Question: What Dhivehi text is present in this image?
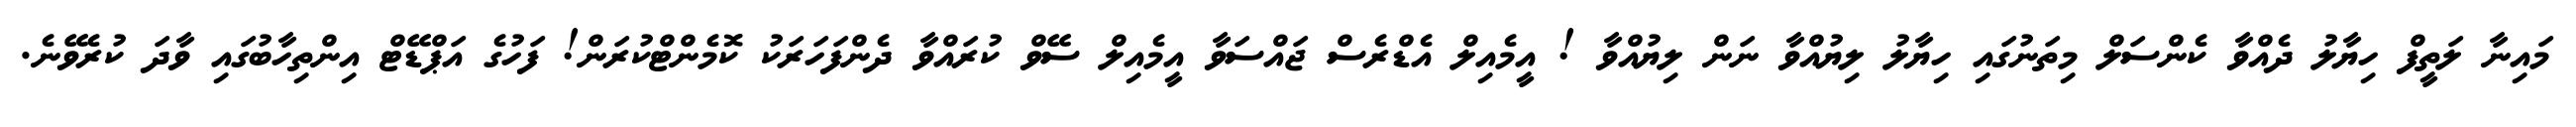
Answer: މައިނާ ލަތީފް ހިޔާލު ދެއްވާ ކެންސަލް މިތަނުގައި ހިޔާލު ލިޔުއްވާ ނަން ލިޔުއްވާ ! އީމެއިލް އެޑްރެސް ޖައްސަވާ އީމެއިލް ސޭވް ކުރައްވާ ދެންފަހަރަކު ކޮމެންޓްކުރަން! ފަހުގެ އަޕްޑޭޓް އިންތިހާބުގައި ވާދަ ކުރެވޭނެ.